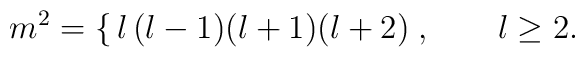
m^2 = \left\{\begin{matrix}l(l-1)\\(l+1)(l+2)\end{matrix}\right. , \qquad l \ge 2.